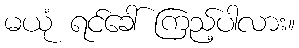
မယုံ ရင်ခေါ် ကြည့်ပါလား။